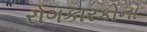
રોગકારકોના